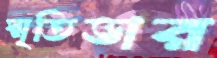
স্মৃতিভার